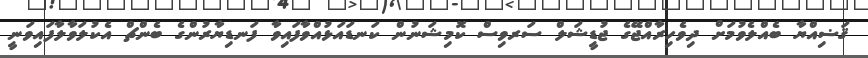
ޤަޟިއްޔާ ބެއްލެވުމަށް ދިވެހިރާއްޖޭގެ ޖުޑީޝަލް ސަރވިސް ކޮމިޝަނުން ކަނޑައަޅުއްވާފައިވާ ފަނޑިޔާރުންގެ ބެންޗް އެކުލަވާލާފައިވަނީ